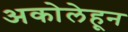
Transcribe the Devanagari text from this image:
अकोलेहून